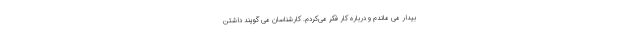
بیدار می ماندم و درباره کار فکر می‌کردم. کارشناسان می گویند داشتن